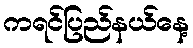
ကရင်ပြည်နယ်နေ့